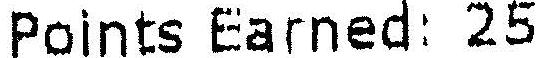
POINTS EARNED: 25